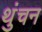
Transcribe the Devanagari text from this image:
थुंचन